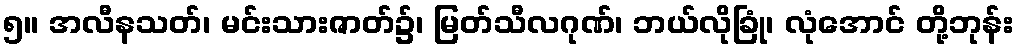
၅။ အလီနသတ်၊ မင်းသားဇာတ်၌၊ မြတ်သီလဂုဏ်၊ ဘယ်လိုခြုံ၊ လုံအောင် တို့ဘုန်း